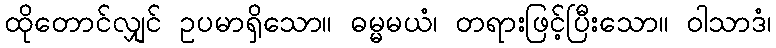
ထိုတောင်လျှင် ဥပမာရှိသော။ ဓမ္မမယံ၊ တရားဖြင့်ပြီးသော။ ဝါသာဒံ၊